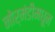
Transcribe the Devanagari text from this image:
नोर्मंडीमधून